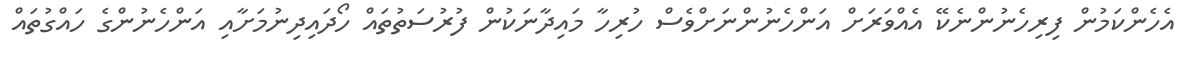
އެހެންކަމުން ފިރިހެނުންނެކޭ އެއްވަރަށް އަންހެނުންނަށްވެސް ހުރިހާ މައިދާނަކުން ފުރުސަތުތައް ހޯދައިދިނުމަށާއި އަންހެނުންގެ ހައްގުތައް